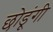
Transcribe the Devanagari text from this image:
छोडूंगी